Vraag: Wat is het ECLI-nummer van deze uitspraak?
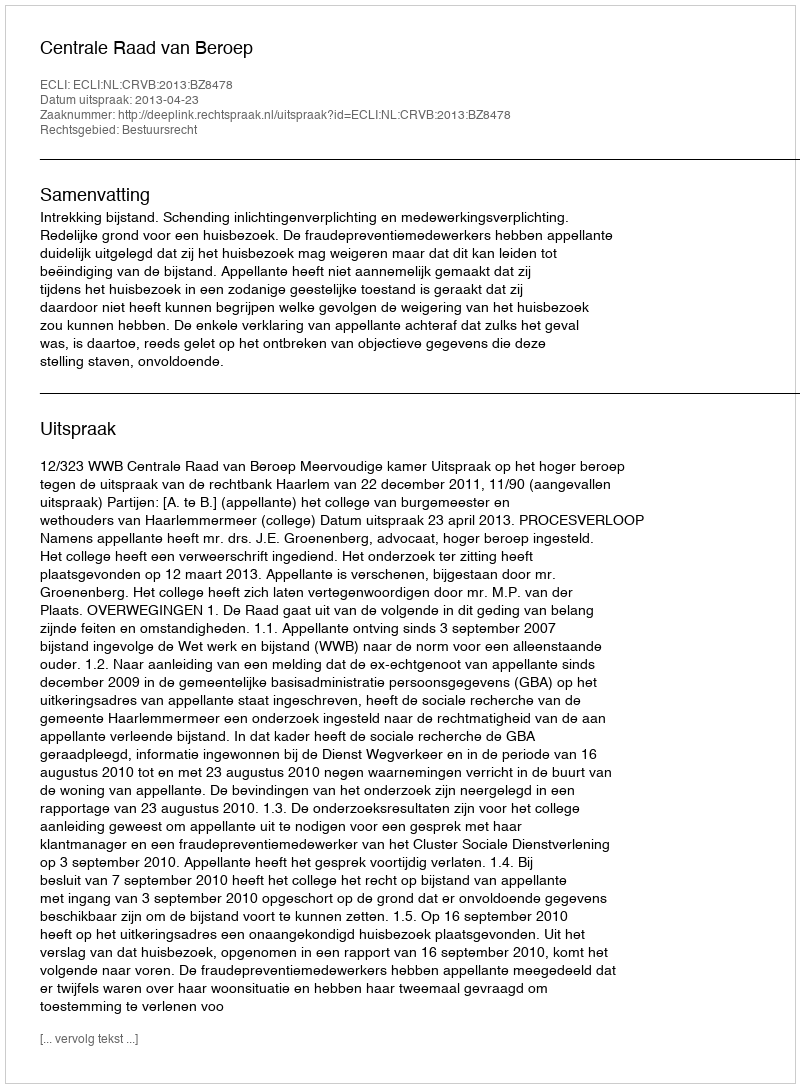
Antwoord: ECLI:NL:CRVB:2013:BZ8478